On the importance of larval characters in the classification of mosquitoes - Number 25
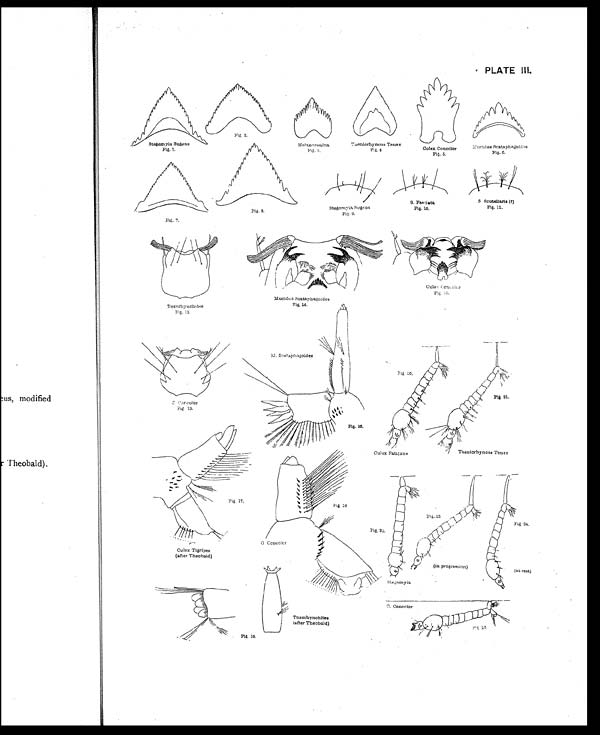
PLATE III,
Fig. 2.
Fig. .3
Fig. 4
Fig. 5.
Fig. 6.
Fig. 1.
Fig. 11.
Fig. 10.
Fi g. 8.
Fig. 9.
Fig. 7.
Fig. 15.
Fig. 14.
Fig. 12.
Fig. 17
Fig 21.
Fig 13.
Fig. 16.
Fig 18.
g. 23
Fig 24.
Fig, 22.
Fig 19.